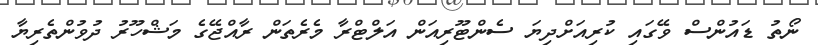
ނޯތު ޑައުންސް ވޭގައި ކުރިއަށްދިޔަ ސެންޓޫރިއަން އަލްޓްރާ މެރެތަން ރާއްޖޭގެ މަޝްހޫރު ދުވުންތެރިޔާ